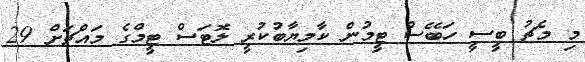
މި މެޗު ބީސީ ހަބޭސް ޓީމުން ކާމިޔާބުކުރީ ލޮޓަސް ޓީމްގެ މައްޗަށް 29